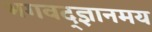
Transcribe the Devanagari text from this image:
भगवद्ज्ञानमय